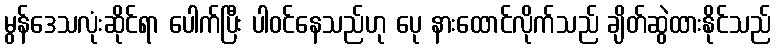
မွန်ဒေသလုံးဆိုင်ရာ ပေါက်ပြီး ပါဝင်နေသည်ဟု ပေု နားထောင်လိုက်သည် ချိတ်ဆွဲထားနိုင်သည်